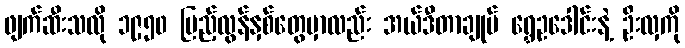
ဖျက်ဆီးသလို ၁၉၅၀ ပြည့်လွန်နှစ်တွေမှာလည်း အယ်ဒီတာချုပ် ရွှေဥဒေါင်းနဲ့ ဦးလှကို